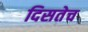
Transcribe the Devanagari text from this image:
दिसतेच